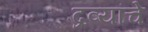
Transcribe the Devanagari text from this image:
द्रव्यांचे